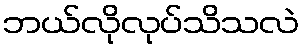
ဘယ်လိုလုပ်သိသလဲ